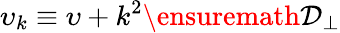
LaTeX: \upsilon_{k}\equiv\upsilon+k^{2}\ensuremath{\mathcal{D}_{\perp}}